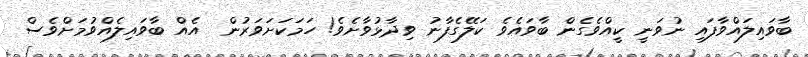
ބާވައިލައްވާފައި ނުވަނީ ކީއްވެގެން ބާވައެވެ ކަލޭގެފާނު ވިދާޅުވާށެވެ! ހަމަކަށަވަރުން  އެއް ބާވައިލެއްވުމަށްވެސް